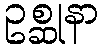
ဥစ္ဆုနာ